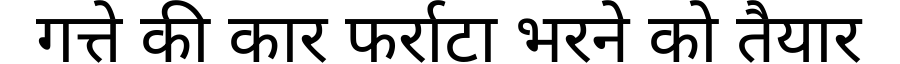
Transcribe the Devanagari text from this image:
गत्ते की कार फर्राटा भरने को तैयार